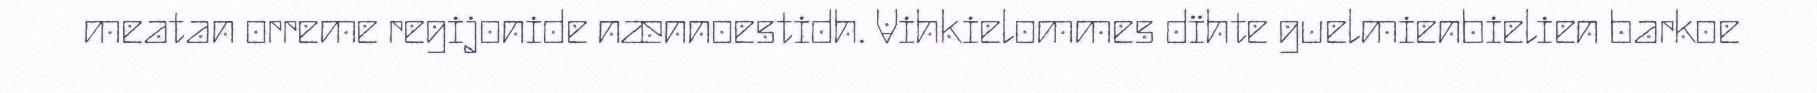
meatan orreme regijonide nænnoestidh. Vihkielommes dïhte guelmienbielien barkoe